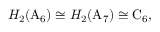
H _ { 2 } ( \mathrm { A } _ { 6 } ) \cong H _ { 2 } ( \mathrm { A } _ { 7 } ) \cong \mathrm { C } _ { 6 } ,